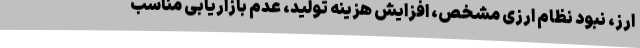
ارز، نبود نظام ارزی مشخص، افزایش هزینه تولید، عدم بازاریابی مناسب